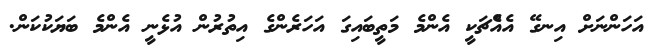
އަހަންނަށް އިނގޭ އެއެްޗަކީ އެންމެ މަތީބައިގަ އަހަރެންގެ އިތުރުން އުޅެނީ އެންމެ ބަޔަކުކަން.